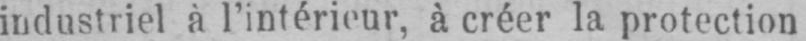
industriel à l’intérieur, à créer la protection